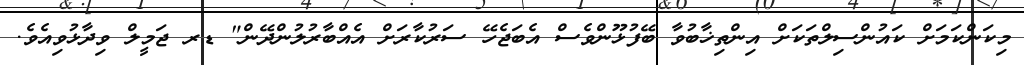
މިކަންކަމަށް ކައުންސިލްތަކަށް އިންތިޚާބުވާ ބޭފުޅޫންވެސް އެބަޖެހޭ ސަރުކާރަށް އެއްބާރުލުންދޭން" ޑރ ޖަމީލް ވިދާޅުވިއެވެ.